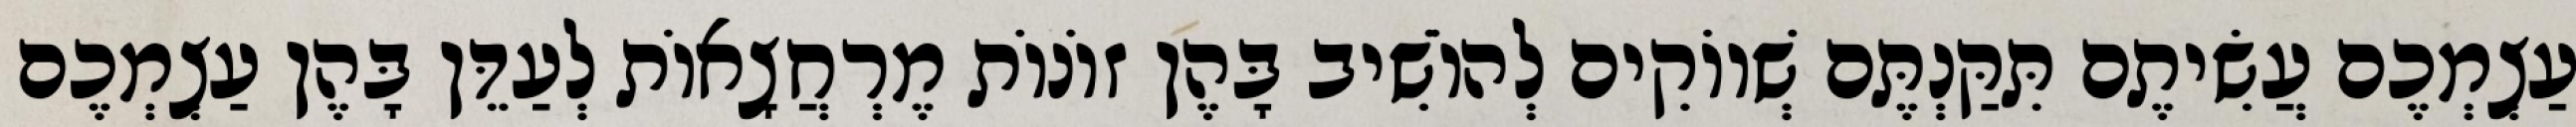
עַצְמְכֶם עֲשִׂיתֶם תִּקַּנְתֶּם שְׁווֹקִים לְהוֹשִׁיב בָּהֶן זוֹנוֹת מֶרְחֲצָאוֹת לְעַדֵּן בָּהֶן עַצְמְכֶם